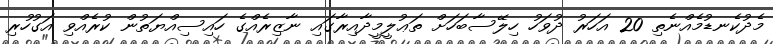
މެދުކެނޑުމެއްނެތި 20 އަހަރު ދުވަހު ހިލޭސާބަހަށް ތަޢުލީމީދާއިރާގައި ނާޒިރެއްގެ ހައިސިއްޔަތުން ކުރެއްވި އަގުހުރި